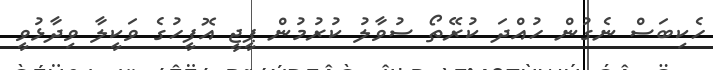
ހެކިބަސް ނެގުން ހުއްދަ ކުރޭތޯ ސުވާލު ކުރުމުން ޕީޖީ އޮފީހުގެ ވަކީލާ ވިދާޅުވީ